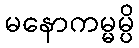
မနောကမ္မမ္ပိ